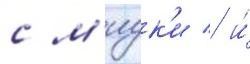
с м'иук'и / и́